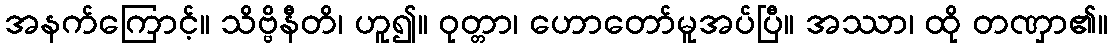
အနက်ကြောင့်။ သိဗ္ဗိနီတိ၊ ဟူ၍။ ဝုတ္တာ၊ ဟောတော်မူအပ်ပြီ။ အဿာ၊ ထို တဏှာ၏။